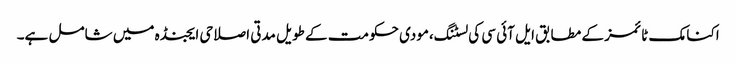
اکنامک ٹائمز کے مطابق ایل آئی سی کی لسٹنگ،مودی حکومت کے طویل مدتی اصلاحی ایجنڈہ میں شامل ہے۔